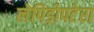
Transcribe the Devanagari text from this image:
लेपिड़ोपटेरा